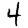
Digit: 4